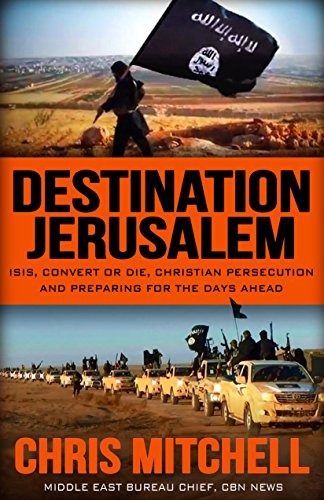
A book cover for Destination Jerusalem: Isis, "convert or Die," Christian Persecution and Preparing for the Days Ahead; Chris Mitchell; History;